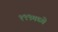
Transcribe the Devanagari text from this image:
१९९मध्ये